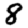
Digit: 8